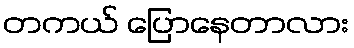
တကယ် ပြောနေတာလား